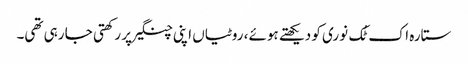
ستارہ اک ٹُک نوری کو دیکھتے ہوئے، روٹیاں اپنی چنگیرپر رکھتی جا رہی تھی۔